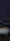
.